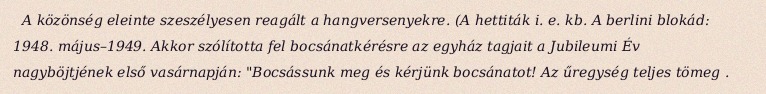
A közönség eleinte szeszélyesen reagált a hangversenyekre. (A hettiták i. e. kb. A berlini blokád: 1948. május–1949. Akkor szólította fel bocsánatkérésre az egyház tagjait a Jubileumi Év nagyböjtjének első vasárnapján: "Bocsássunk meg és kérjünk bocsánatot! Az űregység teljes tömeg .